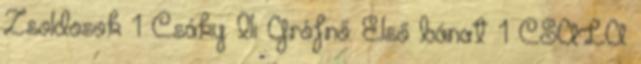
Zsoldosok 1 Csáky Ili Grófnő: Első bánat 1 CSALA